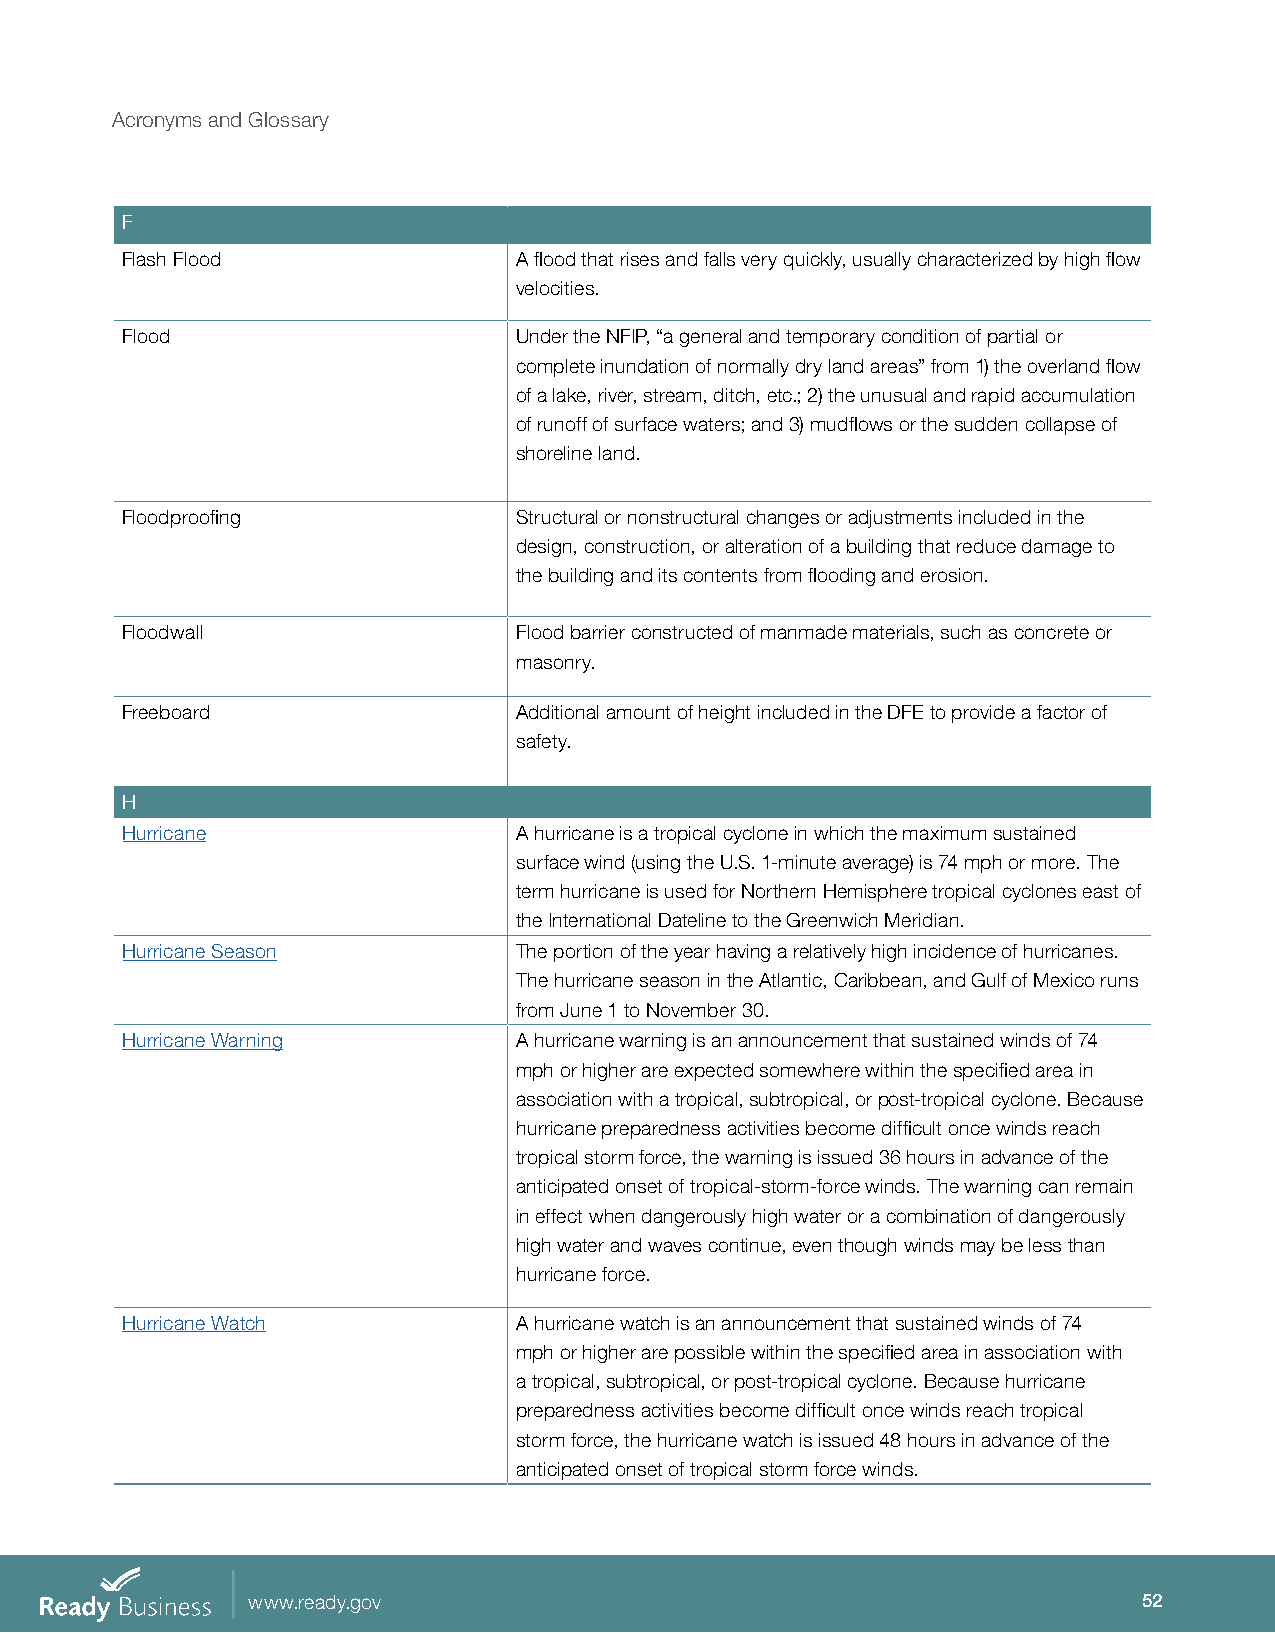
Acronyms and Glossary
 F
 Flash Flood               A flood that rises and falls very quickly, usually characterized by high flow
 velocities.
 Flood                     Under the NFIP, “a general and temporary condition of partial or
 complete inundation of normally dry land areas” from 1) the overland flow
 of a lake, river, stream, ditch, etc.; 2) the unusual and rapid accumulation
 of runoff of surface waters; and 3) mudflows or the sudden collapse of
 shoreline land.
 Floodproofing             Structural or nonstructural changes or adjustments included in the
 design, construction, or alteration of a building that reduce damage to
 the building and its contents from flooding and erosion.
 Floodwall                 Flood barrier constructed of manmade materials, such as concrete or
 masonry.
 Freeboard                 Additional amount of height included in the DFE to provide a factor of
 safety.
 H
 Hurricane                 A hurricane is a tropical cyclone in which the maximum sustained
 surface wind (using the U.S. 1-minute average) is 74 mph or more. The
 term hurricane is used for Northern Hemisphere tropical cyclones east of
 the International Dateline to the Greenwich Meridian.
 Hurricane Season          The portion of the year having a relatively high incidence of hurricanes.
 The hurricane season in the Atlantic, Caribbean, and Gulf of Mexico runs
 from June 1 to November 30.
 Hurricane Warning         A hurricane warning is an announcement that sustained winds of 74
 mph or higher are expected somewhere within the specified area in
 association with a tropical, subtropical, or post-tropical cyclone. Because
 hurricane preparedness activities become difficult once winds reach
 tropical storm force, the warning is issued 36 hours in advance of the
 anticipated onset of tropical-storm-force winds. The warning can remain
 in effect when dangerously high water or a combination of dangerously
 high water and waves continue, even though winds may be less than
 hurricane force.
 Hurricane Watch           A hurricane watch is an announcement that sustained winds of 74
 mph or higher are possible within the specified area in association with
 a tropical, subtropical, or post-tropical cyclone. Because hurricane
 preparedness activities become difficult once winds reach tropical
 storm force, the hurricane watch is issued 48 hours in advance of the
 anticipated onset of tropical storm force winds.
 www.ready.gov                                               52